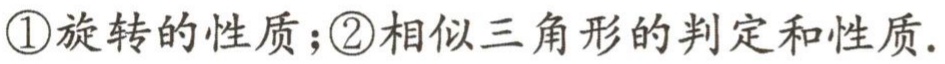
\textcircled{1}旋转的性质；\textcircled{2}相似三角形的判定和性质.